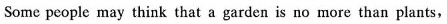
Some people may think that a garden is no more than plants,